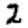
Digit: 2